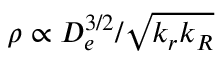
\rho \propto D _ { e } ^ { 3 / 2 } / \sqrt { k _ { r } k _ { R } }